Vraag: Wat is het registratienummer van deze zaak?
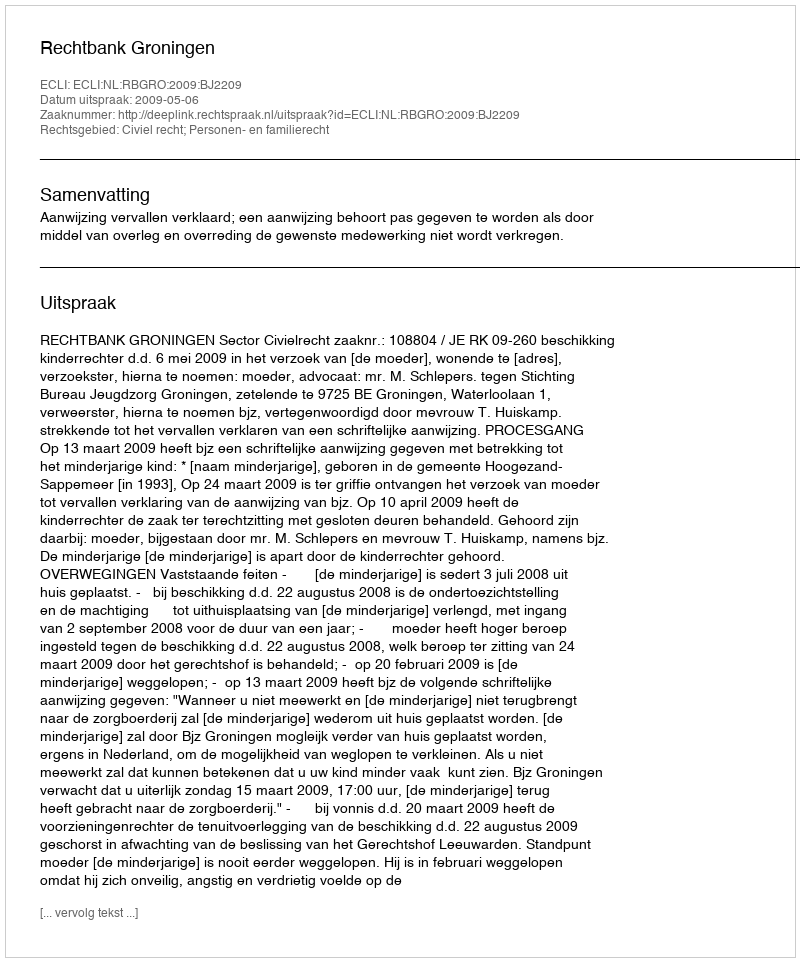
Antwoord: http://deeplink.rechtspraak.nl/uitspraak?id=ECLI:NL:RBGRO:2009:BJ2209